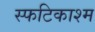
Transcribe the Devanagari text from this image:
स्फटिकाश्म